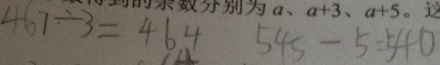
4 6 7 \div 3 = 4 6 4 5 4 5 - 5 = 5 4 0